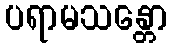
ပရာမသန္တော